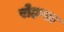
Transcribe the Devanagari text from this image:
रोहण्डा